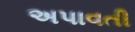
અપાવતી